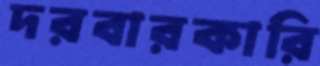
দরবারকারি